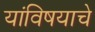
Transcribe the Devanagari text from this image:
यांविषयाचे